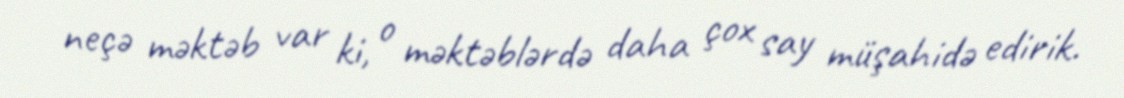
neçə məktəb var ki, o məktəblərdə daha çox say müşahidə edirik.